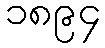
၁၈၉၄